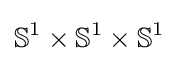
\mathbb {S} ^{1}\times \mathbb {S} ^{1}\times \mathbb {S} ^{1}